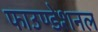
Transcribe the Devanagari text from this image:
फाउण्डेशनल